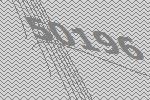
50196